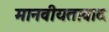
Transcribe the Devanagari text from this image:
मानवीयतावाद